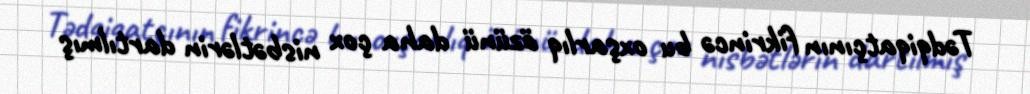
Tədqiqatçının fikrincə bu oxşarlıq özünü daha çox nisbətlərin dartılmış